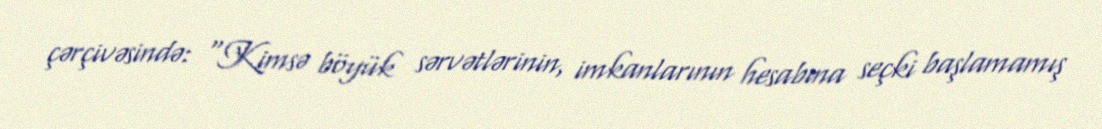
çərçivəsində: “Kimsə böyük sərvətlərinin, imkanlarının hesabına seçki başlamamış